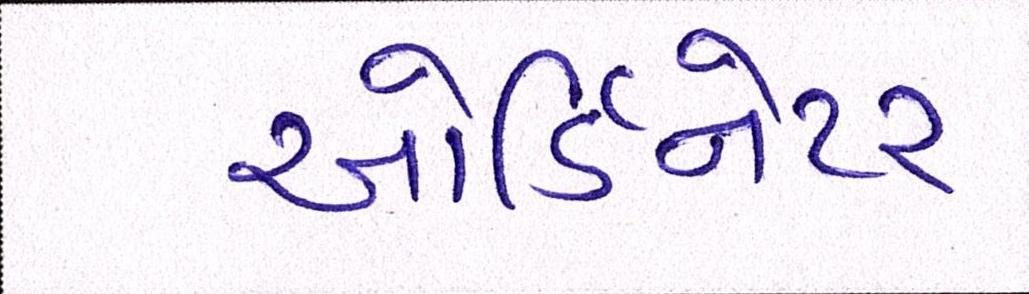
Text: ઓર્ડિનેટર